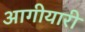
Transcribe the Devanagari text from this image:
आगीयारी